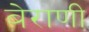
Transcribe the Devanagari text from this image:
बेराणी